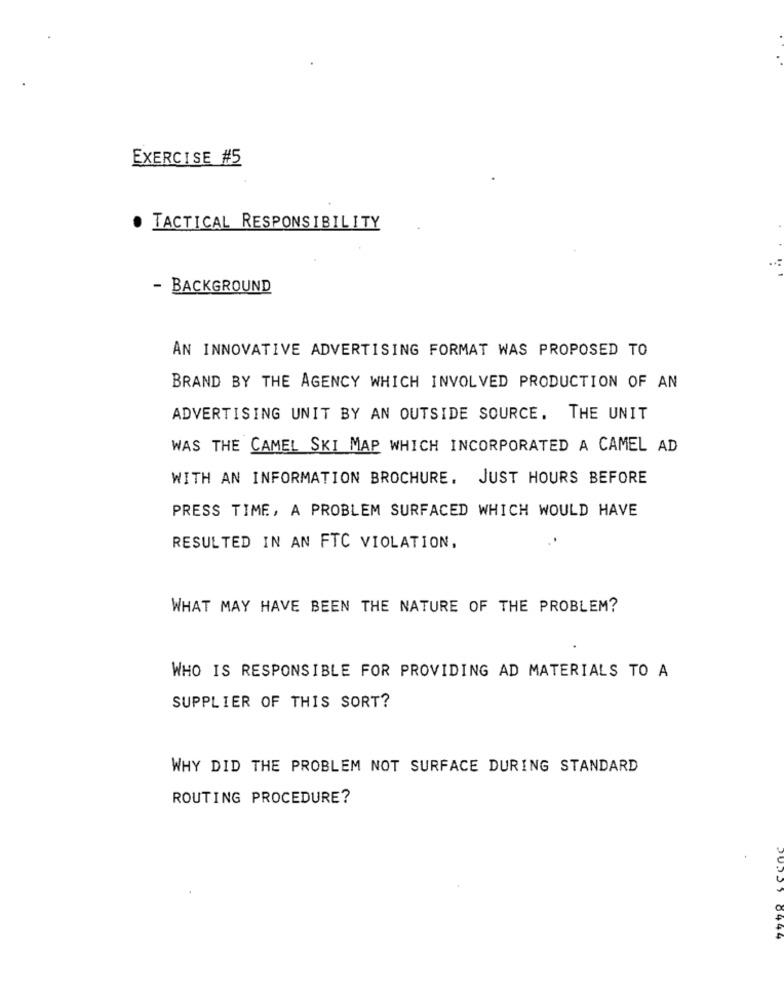
EXERCISE #5
TACTICAL RESPONSIBILITY
- BACKGROUND
AN INNOVATIVE ADVERTISING FORMAT WAS PROPOSED TO
BRAND BY THE AGENCY WHICH INVOLVED PRODUCTION OF AN
ADVERTISING UNIT BY AN OUTSIDE SOURCE. THE UNIT
WAS THE CAMEL SKI MAP WHICH INCORPORATED A CAMEL AD
WITH AN INFORMATION BROCHURE. JUST HOURS BEFORE
PRESS TIME, A PROBLEM SURFACED WHICH WOULD HAVE
RESULTED IN AN FTC VIOLATION,
WHAT MAY HAVE BEEN THE NATURE OF THE PROBLEM?
WHO IS RESPONSIBLE FOR PROVIDING AD MATERIALS TO A
SUPPLIER OF THIS SORT?
WHY DID THE PROBLEM NOT SURFACE DURING STANDARD
ROUTING PROCEDURE?